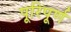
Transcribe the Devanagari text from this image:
पूरिपूर्ण